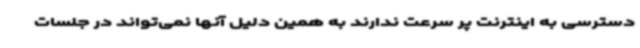
دسترسی به اینترنت پر سرعت ندارند به همین دلیل آنها نمی‌تواند در جلسات